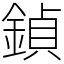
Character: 鍞